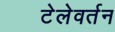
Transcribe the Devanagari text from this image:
टेलेवर्तन